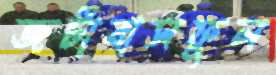
জটাবাসফুল